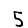
Digit: 5